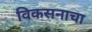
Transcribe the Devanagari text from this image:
विकसनाचा